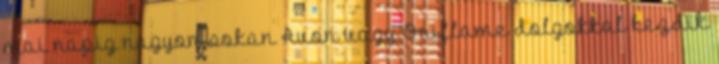
mai napig nagyon sokan Avon vagy Oriflame dolgokkal kezdik